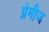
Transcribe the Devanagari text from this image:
ग्रेमीज